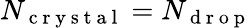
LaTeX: N_{\mathrm{~c~r~y~s~t~a~l~}}=N_{\mathrm{~d~r~o~p~}}